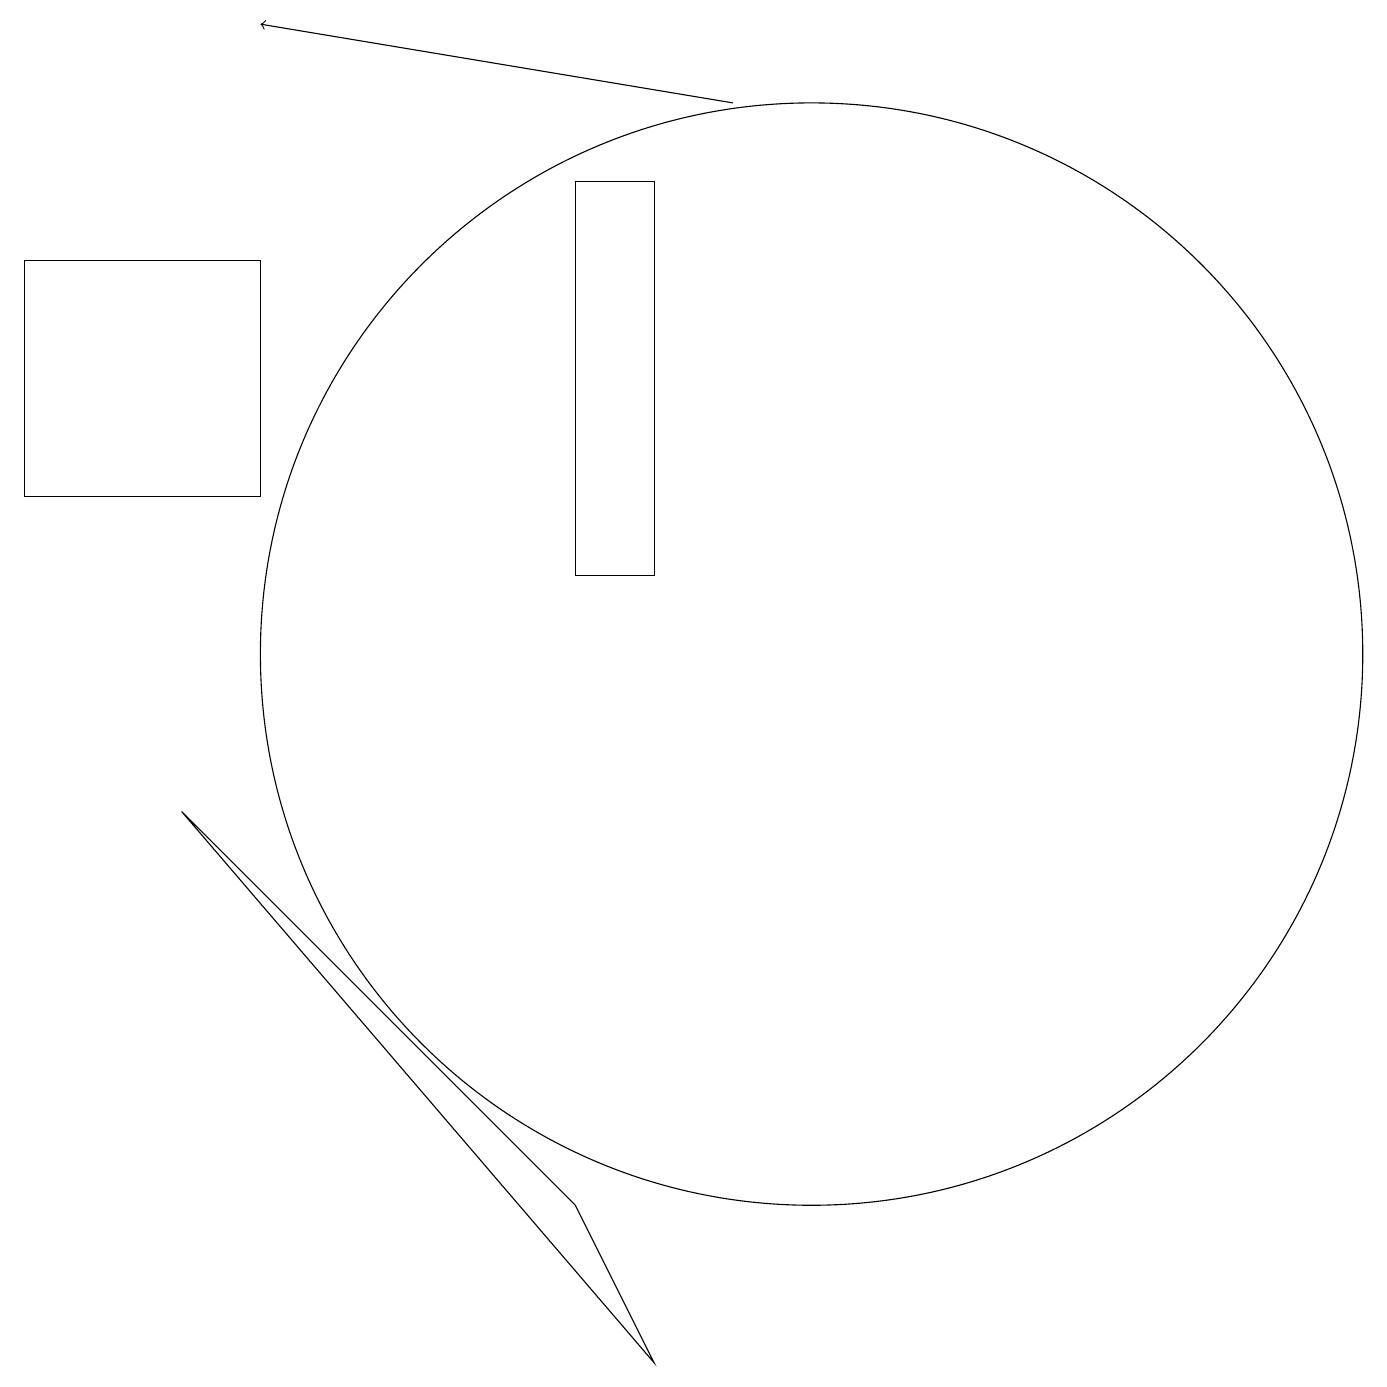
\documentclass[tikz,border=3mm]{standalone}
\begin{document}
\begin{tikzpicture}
\draw (3,12) rectangle (0,15);
\draw (7,3) -- (8,1) -- (2,8) -- cycle;
\draw[->] (9,17) -- (3,18);
\draw (7,11) rectangle (8,16);
\draw (10,10) circle (7);
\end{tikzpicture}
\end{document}